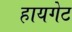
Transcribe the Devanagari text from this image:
हायगेट